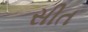
સીત